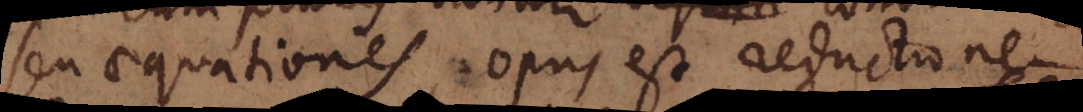
seu aequationes, opus est reductione